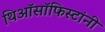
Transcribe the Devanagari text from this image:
थिऑसॉफिस्टांनी